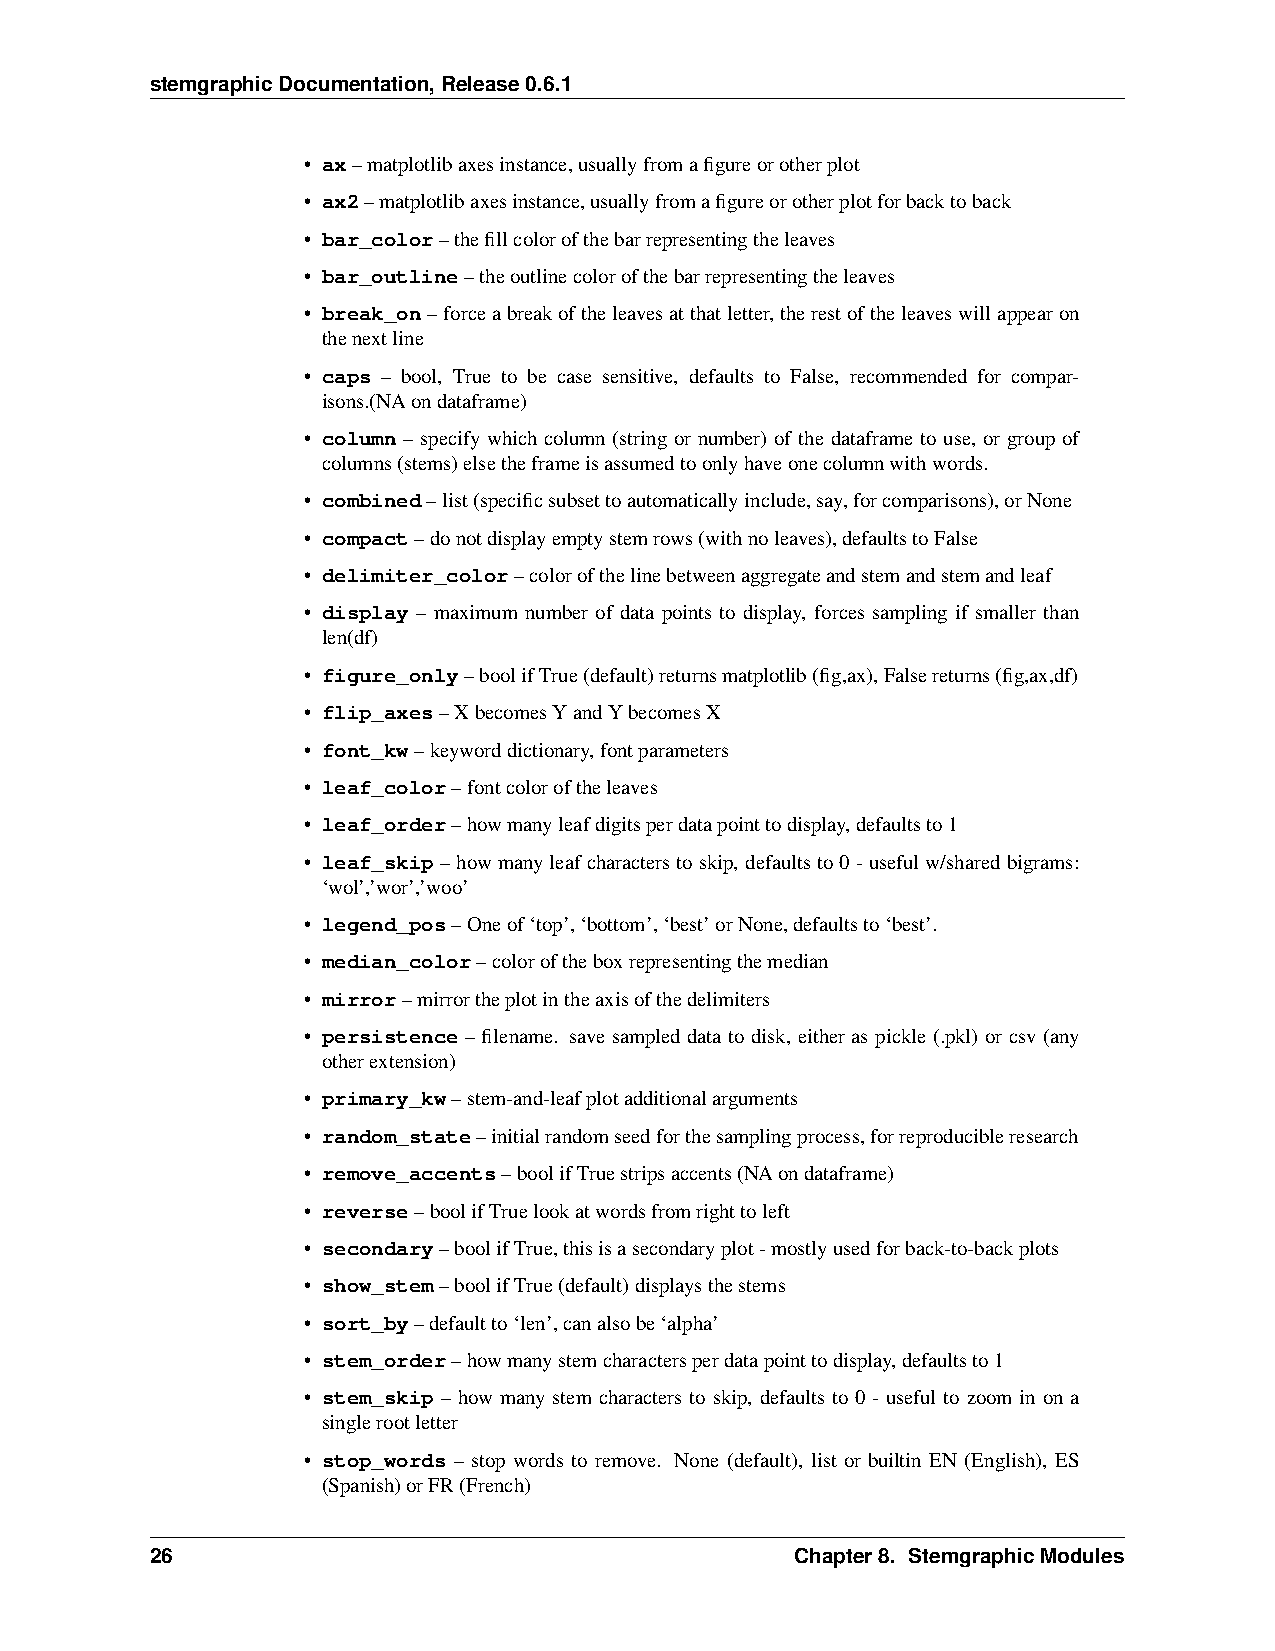
stemgraphicDocumentation,Release0.6.1
 • ax–matplotlibaxesinstance,usuallyfromafigureorotherplot
 • ax2–matplotlibaxesinstance,usuallyfromafigureorotherplotforbacktoback
 • bar_color–thefillcolorofthebarrepresentingtheleaves
 • bar_outline–theoutlinecolorofthebarrepresentingtheleaves
 • break_on–forceabreakoftheleavesatthatletter,therestoftheleaveswillappearon
 thenextline
 • caps – bool, True to be case sensitive, defaults to False, recommended for compar-
 isons.(NAondataframe)
 • column – specify which column (string or number) of the dataframe to use, or group of
 columns(stems)elsetheframeisassumedtoonlyhaveonecolumnwithwords.
 • combined–list(specificsubsettoautomaticallyinclude,say,forcomparisons),orNone
 • compact–donotdisplayemptystemrows(withnoleaves),defaultstoFalse
 • delimiter_color–colorofthelinebetweenaggregateandstemandstemandleaf
 • display – maximum number of data points to display, forces sampling if smaller than
 len(df)
 • figure_only–boolifTrue(default)returnsmatplotlib(fig,ax),Falsereturns(fig,ax,df)
 • flip_axes–XbecomesYandYbecomesX
 • font_kw–keyworddictionary,fontparameters
 • leaf_color–fontcoloroftheleaves
 • leaf_order–howmanyleafdigitsperdatapointtodisplay,defaultsto1
 • leaf_skip–howmanyleafcharacterstoskip, defaultsto0-usefulw/sharedbigrams:
 ‘wol’,’wor’,’woo’
 • legend_pos–Oneof‘top’,‘bottom’,‘best’orNone,defaultsto‘best’.
 • median_color–coloroftheboxrepresentingthemedian
 • mirror–mirrortheplotintheaxisofthedelimiters
 • persistence – filename. save sampled data to disk, either as pickle (.pkl) or csv (any
 otherextension)
 • primary_kw–stem-and-leafplotadditionalarguments
 • random_state–initialrandomseedforthesamplingprocess,forreproducibleresearch
 • remove_accents–boolifTruestripsaccents(NAondataframe)
 • reverse–boolifTruelookatwordsfromrighttoleft
 • secondary–boolifTrue,thisisasecondaryplot-mostlyusedforback-to-backplots
 • show_stem–boolifTrue(default)displaysthestems
 • sort_by–defaultto‘len’,canalsobe‘alpha’
 • stem_order–howmanystemcharactersperdatapointtodisplay,defaultsto1
 • stem_skip – how many stem characters to skip, defaults to 0 - useful to zoom in on a
 singlerootletter
 • stop_words – stop words to remove. None (default), list or builtin EN (English), ES
 (Spanish)orFR(French)
 26                                         Chapter8. StemgraphicModules